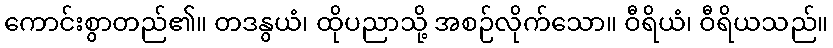
ကောင်းစွာတည်၏။ တဒနွယံ၊ ထိုပညာသို့ အစဉ်လိုက်သော။ ဝီရိယံ၊ ဝီရိယသည်။